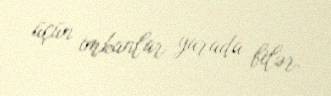
üçün imkanlar yarada bilər.